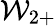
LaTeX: {\cal{W}}_{2+}